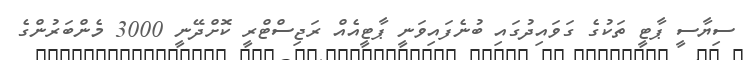
ސިޔާސީ ޕާޓީ ތަކުގެ ގަވައިދުގައި ބުނެފައިވަނީ ޕާޓީއެއް ރަޖިސްޓްރީ ކޮށްދޭނީ 3000 މެންބަރުންގެ